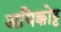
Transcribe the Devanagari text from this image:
अयिक्कोट्ट